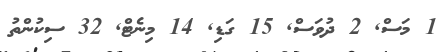
1 މަސް